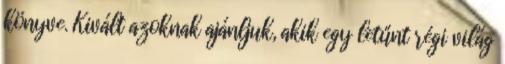
könyve. Kivált azoknak ajánljuk, akik egy letűnt régi világ